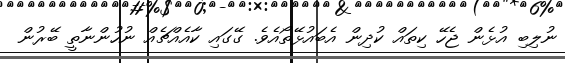
ނުލިބި އުޅެން ޖެހޭ ކިތައް ކުދިން އެބައުޅޭތޯއެވެ. ގޭގައި ކާއެއްޗެއް ނުހުންނާތީ ބޭރުން